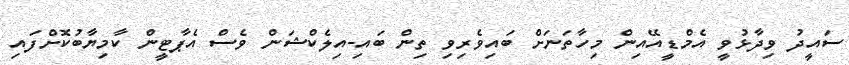
ސައީދު ވިދާޅުވީ އެމްޑީއޭއިން މިހާތަނަށް ބައިވެރިވި ތިން ބައި-އިލެކްޝަން ވެސް އެޕާޓީން ކާމިޔާބުކޮށްފައި